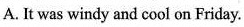
A. It was windy and cool on Friday.